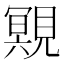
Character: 覭